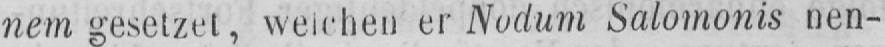
nem gesetzet, welchen er Nodum Salomonis nen-